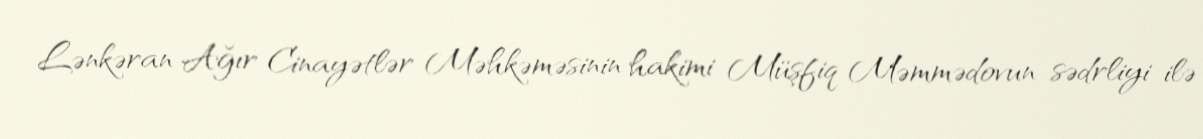
Lənkəran Ağır Cinayətlər Məhkəməsinin hakimi Müşfiq Məmmədovun sədrliyi ilə